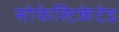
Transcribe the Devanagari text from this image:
सोफेस्टिकेटेड